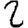
Digit: 2